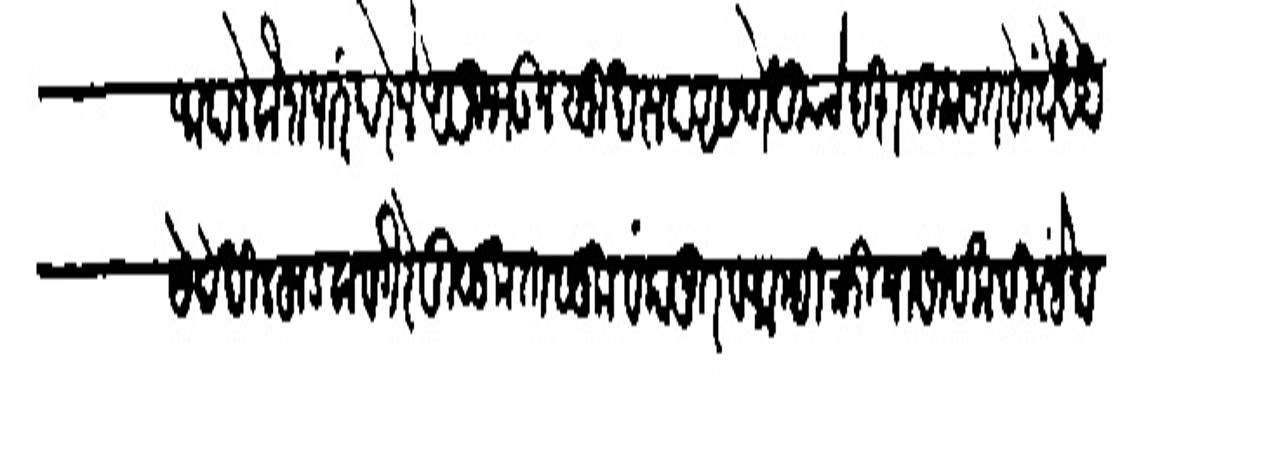
Transliteration (Devanagari): आपले बौश्षपारंपरेने अनुनऊन सुसरप असणे तुमचे देश बिलायत सोंधे देहा
ये देखील हुडवा वर्गरे मुळूक तालुका बंकापूर व आम्ही कियापूर्यक दिल्हे मा